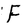
Character: F